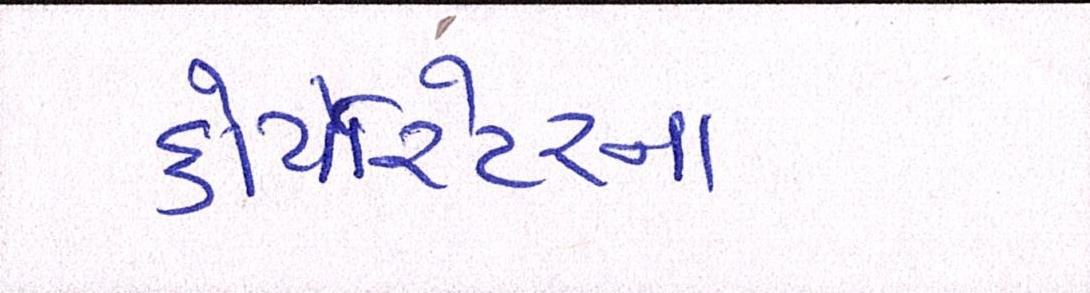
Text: કોર્પેારેટરના